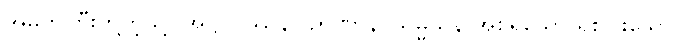
အမတ်ကြီးတို့ကဲ့သို့။ အဋ္ဌဝိပဿနာ ဉာဏာနိ၊ သမ္မသန အစရှိသော ရှစ်ပါးသော